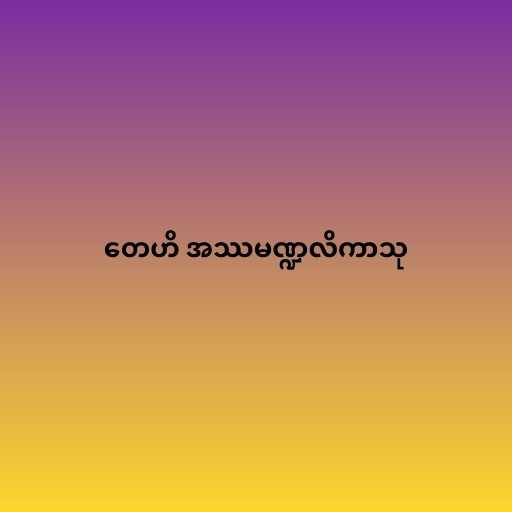
တေဟိ အဿမဏ္ဍလိကာသု